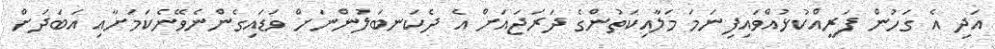
އަދި އެ ގަހުން ފަރީއްކުޅުއްވައިފިނަމަ މަލާއިކަތުންގެ ދަރަޖައަށް އެ ދެކަނބަލުންނަށް ވަޑައިގެންނެވޭނެކަމަށާއި އަބަދަށް